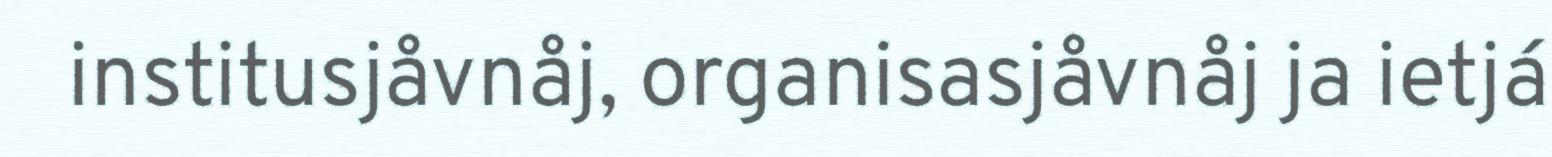
institusjåvnåj, organisasjåvnåj ja ietjá